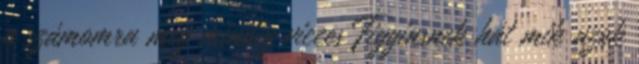
a számomra még mindig vicces Figginsnek hát mik azok